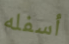
أسفله